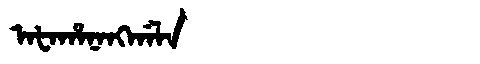
Manchu: ᠠᡶᠠᡥᠠᠨᠠᠩᡤᠠᠯᠠ
Romanization: AFAHANANGGALA